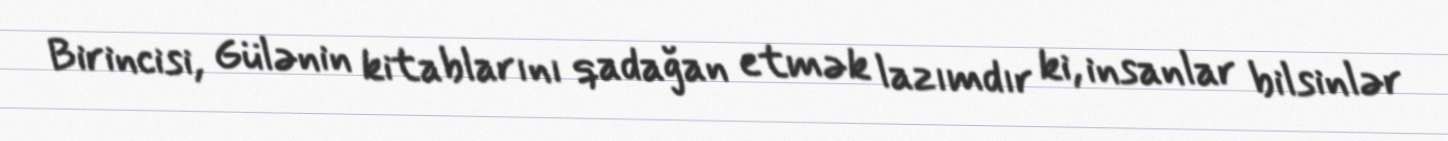
Birincisi, Gülənin kitablarını qadağan etmək lazımdır ki, insanlar bilsinlər